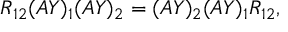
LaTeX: R _ { 1 2 } ( A Y ) _ { 1 } ( A Y ) _ { 2 } = ( A Y ) _ { 2 } ( A Y ) _ { 1 } R _ { 1 2 } ,